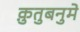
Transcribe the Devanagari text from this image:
क़ुतुबनुमे